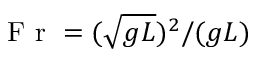
\mathrm { ~ F ~ r ~ } = ( \sqrt { g L } ) ^ { 2 } / ( g L )